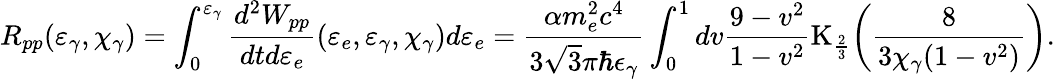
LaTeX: R_{pp}(\varepsilon_{\gamma},\chi_{\gamma})=\int_{0}^{\varepsilon_{\gamma}}{\frac{d^{2}W_{pp}}{dtd\varepsilon_{e}}(\varepsilon_{e},\varepsilon_{\gamma},\chi_{\gamma})d\varepsilon_{e}}=\frac{\alpha m_{e}^{2}c^{4}}{3\sqrt{3}\pi\hbar\epsilon_{\gamma}}\int_{0}^{1}{dv\frac{9-v^{2}}{1-v^{2}}\mathrm{K}_{\frac{2}{3}}\biggl(\frac{8}{3\chi_{\gamma}(1-v^{2})}\biggr)}.